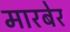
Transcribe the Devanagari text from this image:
मारबेर